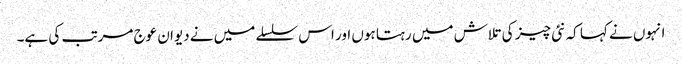
انہوں نے کہا کہ نئی چیز کی تلاش میں رہتا ہوں اور اس سلسلے میں نے دیوان عوج مرتب کی ہے۔